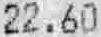
22.60